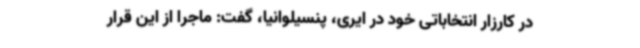
در کارزار انتخاباتی خود در ایری، پنسیلوانیا، گفت: ماجرا از این قرار